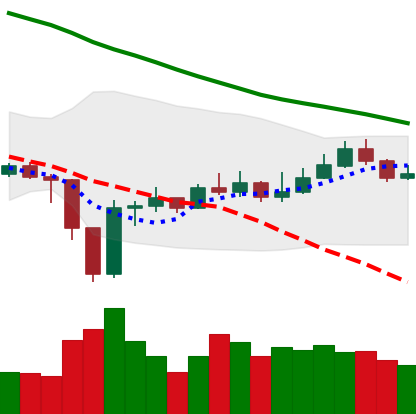
Ticker: EOS-USD
Chart end date: 2020-01-01
Forward return: 9.978%
Label: up_7plus